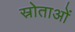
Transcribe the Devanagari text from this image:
स्रोताओं